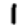
Digit: 1